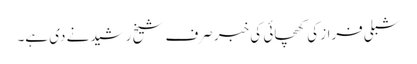
شبلی فراز کی کھچائی کی خبر صرف شیخ رشید نے دی ہے۔